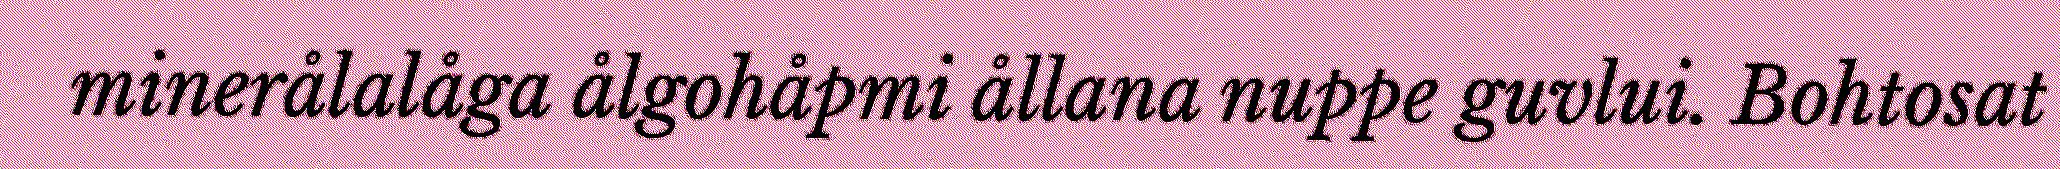
minerålalåga ålgohåpmi ållana nuppe guvlui. Bohtosat